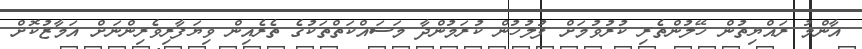
އާންމު ރައްޔިތުން ހޭލުންތެރި ކުރުވުމަށް ފުލުހުން ކުރަމުންދާ މަސައްކަތްތަކުގެ ތެރެއިން ވިޔަފާރިވެރިންނަށް އަމާޒުކޮށް